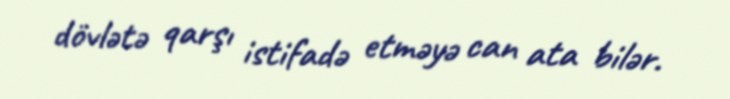
dövlətə qarşı istifadə etməyə can ata bilər.